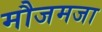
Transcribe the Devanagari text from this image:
मौजमजा